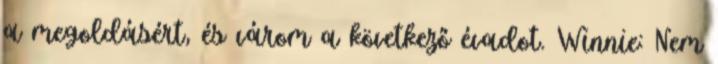
a megoldásért, és várom a következő évadot. Winnie: Nem